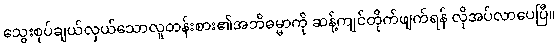
သွေးစုပ်ချယ်လှယ်သောလူတန်းစား၏အဘိဓမ္မာကို ဆန့်ကျင်တိုက်ဖျက်ရန် လိုအပ်လာပေပြီ။